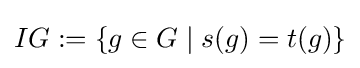
IG:=\{g\in G\mid s(g)=t(g)\}